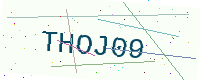
Text: THOJ09